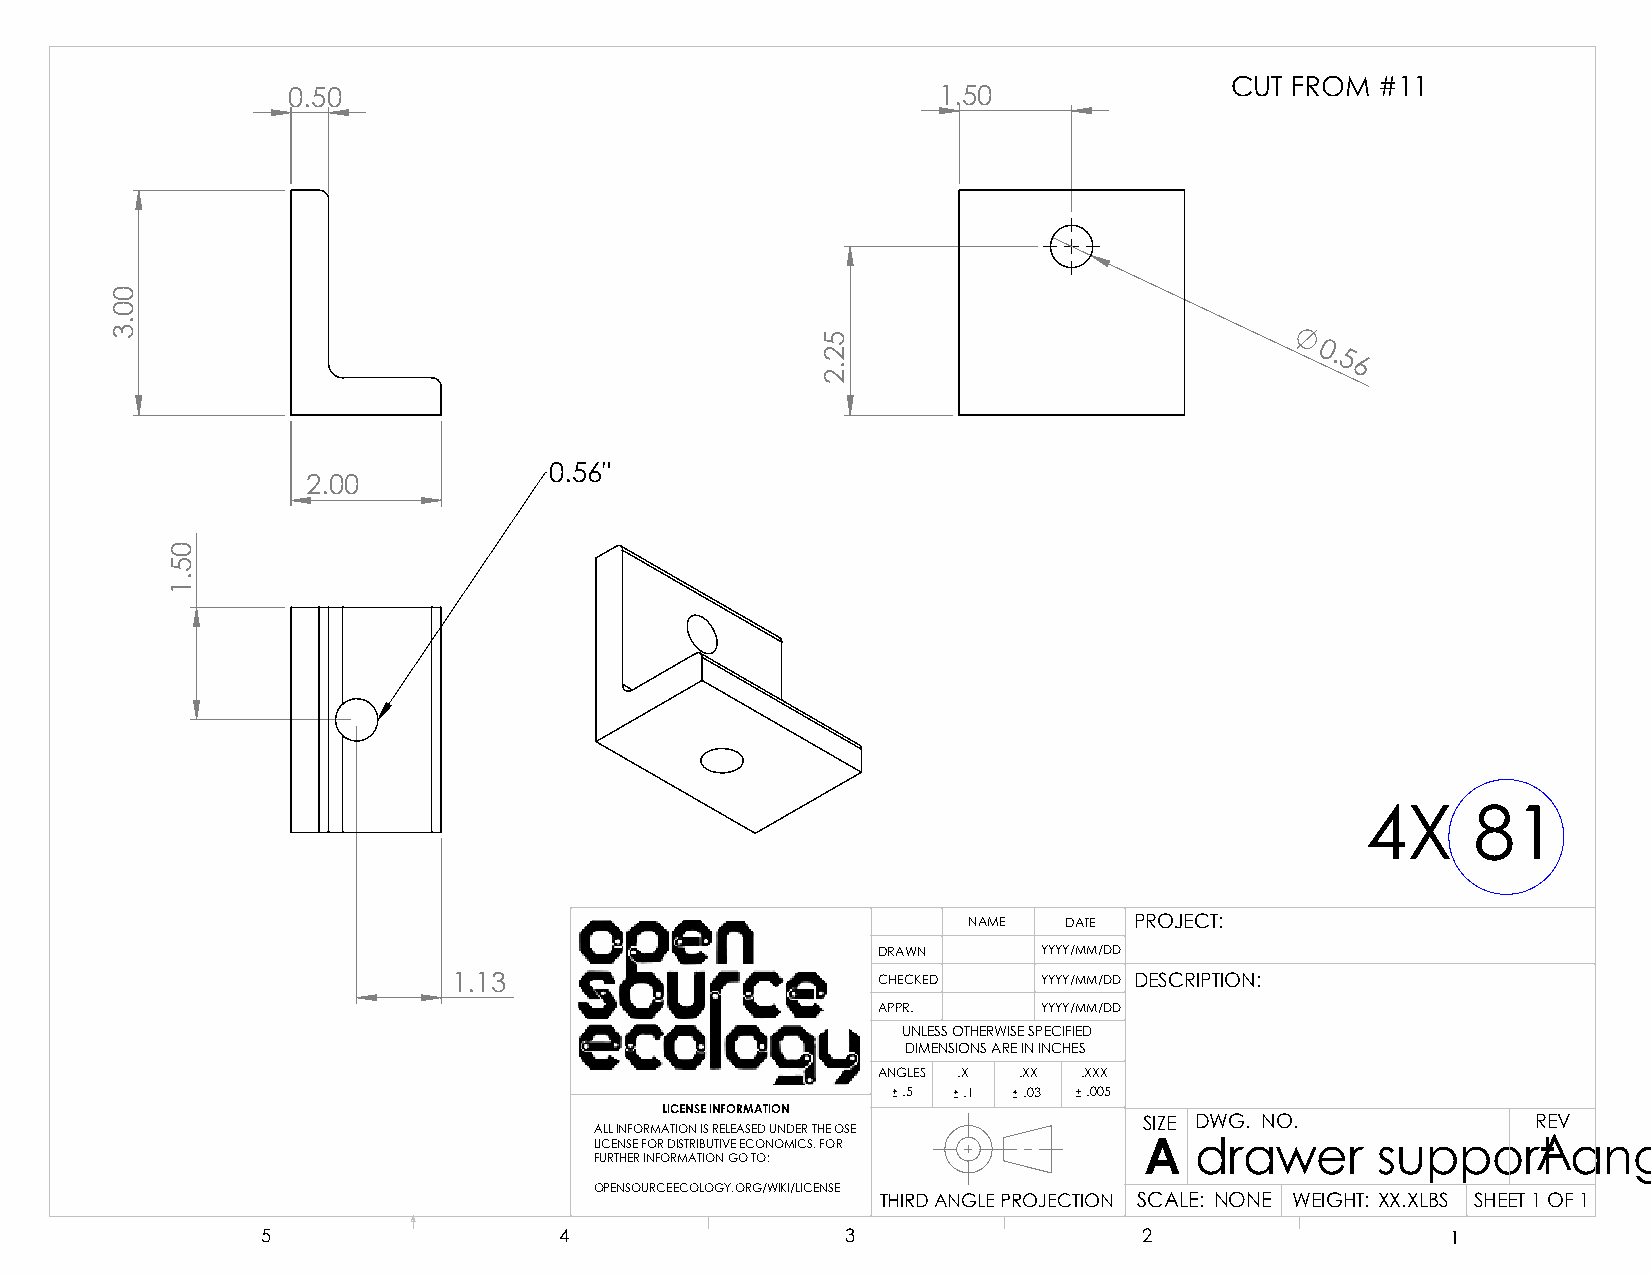
CUT FROM  #11
 0.50                                       1.50
 0.
 5
 6
 0.56"
 2.00
 4X      81
 NAME  DATE PROJECT:
 DRAWN      YYYY/MM/DD
 1.13                        CHECKED    YYYY/MM/DD DESCRIPTION:
 APPR.      YYYY/MM/DD
 UNLESS OTHERWISE SPECIFIED
 DIMENSIONS ARE IN INCHES
 ANGLES .X .XX .XXX
 .5  .1  .03 .005
 LICENSE INFORMATION
 SIZE DWG. NO.             REV
 ALL INFORMATION IS RELEASED UNDER THE OSE
 LICENSE FOR DISTRIBUTIVE ECONOMICS. FOR A drawer    supporAt     angle
 FURTHER INFORMATION GO TO:
 OPENSOURCEECOLOGY.ORG/WIKI/LICENSE
 THIRD ANGLE PROJECTION SCALE: NONE WEIGHT: XX.XLBS SHEET 1 OF 1
 5                   4                  3                   2                   1
 00.3
 05.1
 52.2